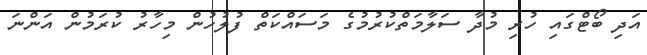
އަދި ބޯޓްގައި ހުރި މުދާ ސަލާމަތްކުރުމުގެ މަސައްކަތް ފުލުހުން މިހާރު ކުރަމުން އަންނަ